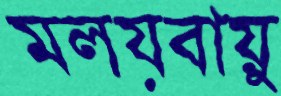
মলয়বায়ু